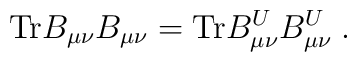
\mathrm{Tr}B_{\mu \nu }B_{\mu \nu }=\mathrm{Tr}B_{\mu \nu }^UB_{\mu \nu}^U\;.